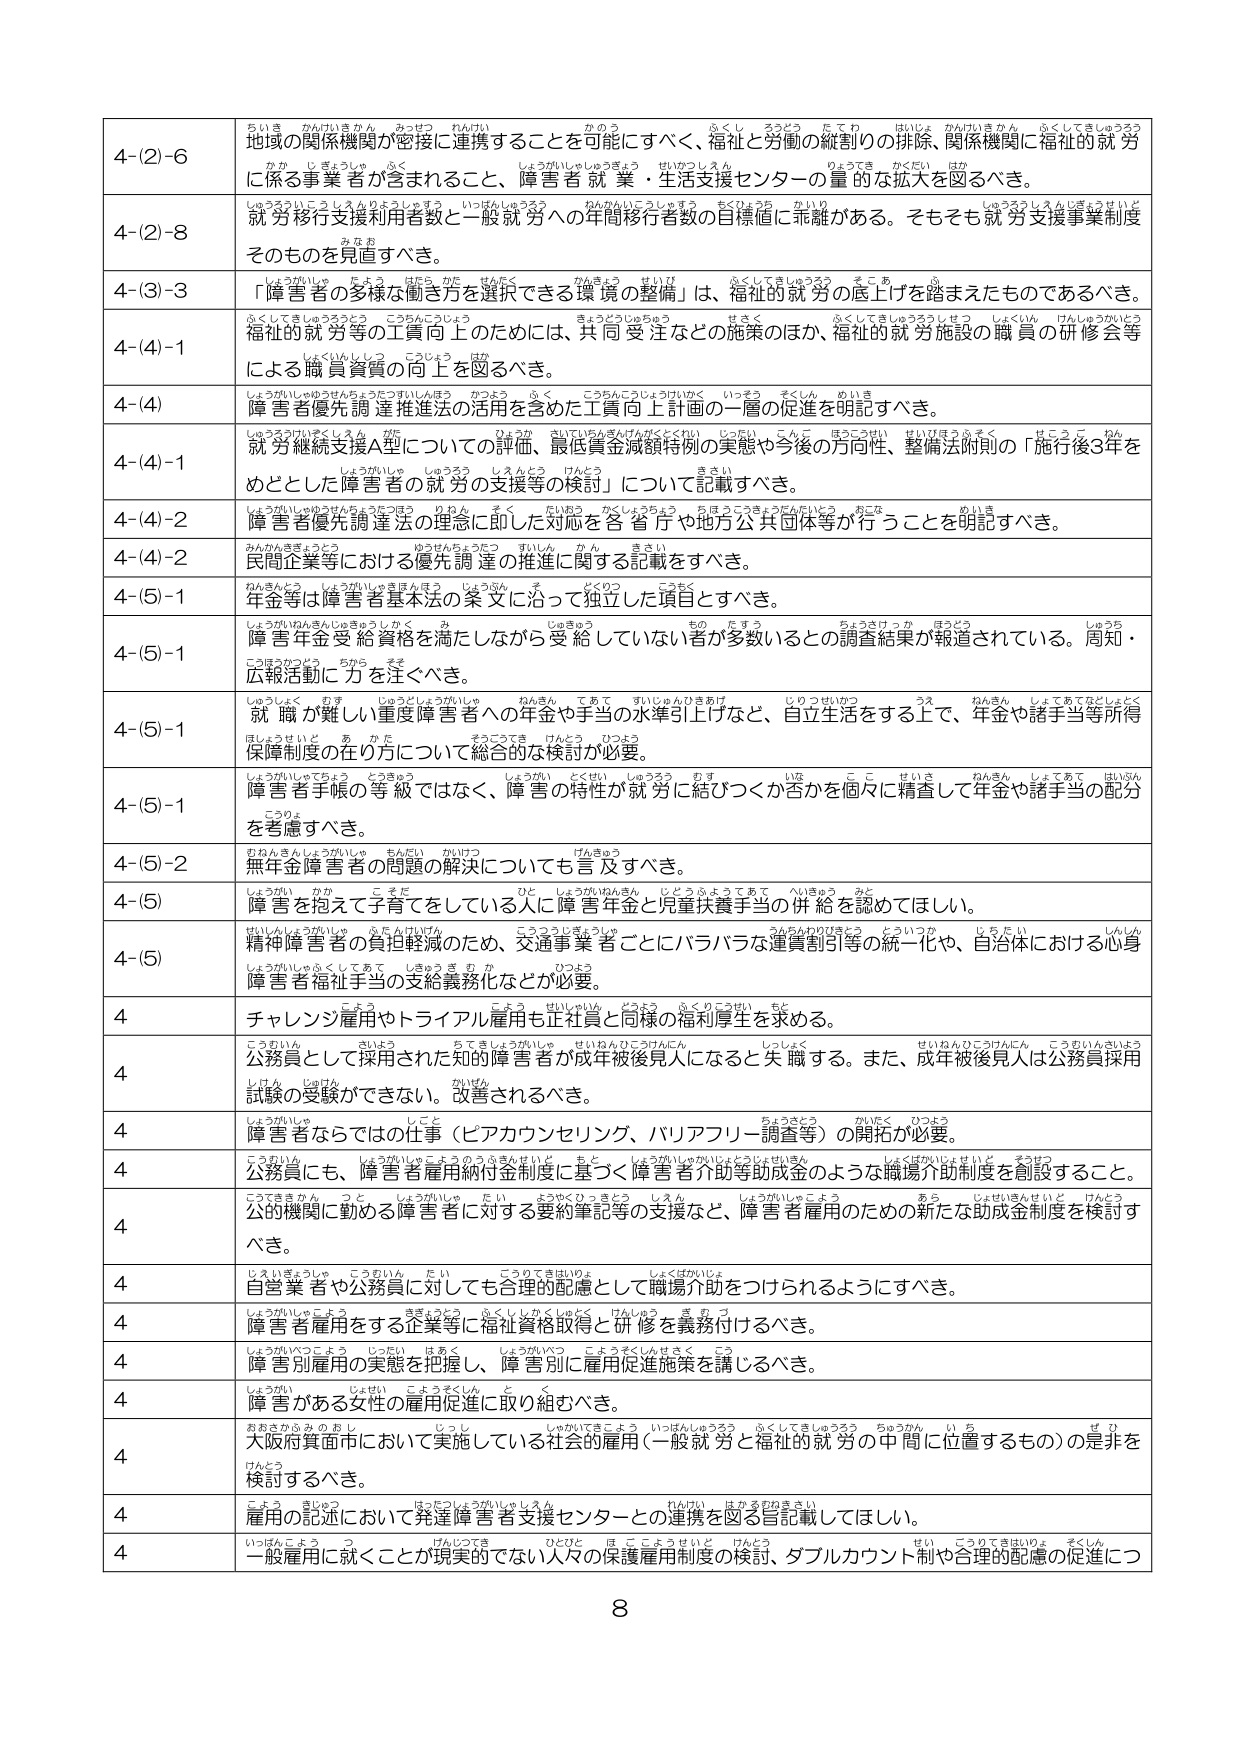
4-(2)-6 地域の関係機関が密接に連携することを可能にすべく、福祉と労働の縦割りの排除、関係機関に福祉の就労に係る事業者が含まれること、障害者就業・生活支援センターの量的な拡大を図るべき。

4-(2)-8 就労移行支援利用者数と一般就労への年間移行者数の目標値に乖離がある。そもそも就労支援事業制度そのものを見直すべき。

4-(3)-3 「障害者の多様な働き方を選択できる環境の整備」は、福祉の就労の底上げを踏まえたものであるべき。

4-(4)-1 福祉の就労等の工賃向上のためには、共同受注などの施策のほか、福祉的就労施設の職員の研修会等による職員資質の向上を図るべき。

4-(4) 障害者優先調達推進法の活用を含めた工賃向上計画の一層の促進を明記すべき。

4-(4)-1 就労継続支援A型についての評価、最低賃金減額特例の実態や今後の方向性、整備法附則の「施行後3年をめどとした障害者の就労の支援等の検討」について記載すべき。

4-(4)-2 障害者優先調達法の理念に即した対応を各官庁や地方公共団体等が行うことを明記すべき。

4-(4)-2 民間企業等における優先調達の推進に関する記載をすべき。

4-(5)-1 年金等は障害者基本法の条文に沿って独立した項目とすべき。

4-(5)-1 障害年金受給資格を満たしながら受給していない者が多数いるとの調査結果が報道されている。周知・広報活動に力を注ぐべき。

4-(5)-1 就職が難しい重度障害者への年金や手当の水準引上げなど、自立生活をする上で、年金や諸手当等所得保障制度の在り方について総合的な検討が必要。

4-(5)-1 障害者手帳の等級ではなく、障害の特性が就労に結びつくか否かを個々に精査して年金や諸手当の配分を考慮すべき。

4-(5)-2 無年金障害者の問題の解決についても言及すべき。

4-(5) 障害を抱えて子育てをしている人に障害年金と児童扶養手当の供給を認めてもほしい。

4-(5) 精神障害者の負担軽減のため、交通事業者ごとにバラバラな運賃割引等の統一化や、自治体における心身障害者福祉手当の支給義務化などが必要。

4 チャレンジ雇用やトライアル雇用も正社員と同様の福利厚生を求める。

4 公務員として採用された知的障害者が成年被後見人になると失職する。また、成年被後見人は公務員採用試験の受験ができない。改善されるべき。

4 障害者ならではの仕事（ピアカウンセリング、バリアフリー調査等）の開拓が必要。

4 公務員にも、障害者雇用納付金制度に基づく障害者介助等助成金のような職場介助制度を創設すること。

4 公的機関に勤める障害者に対する要約筆記等の支援など、障害者雇用のための新たな助成制度を検討すべき。

4 自営業者や公務員に対しても合理的配慮として職場介助をつけるようにすべき。

4 障害者雇用をする企業等に福祉資格取得と研修を義務付けるべき。

4 障害別雇用の実態を把握し、障害別に雇用促進施策を講じるべき。

4 障害がある女性の雇用促進に取り組むべき。

4 大阪府箕面市において実施している社会的雇用（一般就労と福祉的就労の中間に位置するもの）の是非を検討すべき。

4 雇用の記述において発達障害者支援センターとの連携を図る旨記載してほしい。

4 一般雇用に就くことが現実的でない人々の保護雇用制度の検討、ダブルカウント制や合理的配慮の促進につ

8